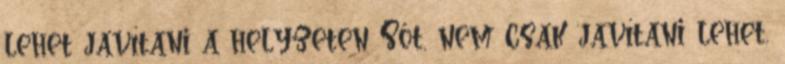
lehet javítani a helyzeten Sőt, nem csak javítani lehet,